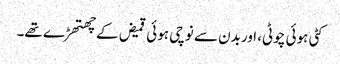
کٹی ہوئی چوٹی، اوربدن سے نوچی ہوئی قمیض کے چھتھڑے تھے۔